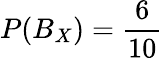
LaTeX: P(B_{X})={\frac{6}{10}}